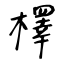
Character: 檡